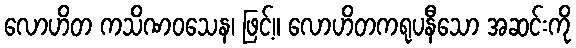
လောဟိတ ကသိဏဝသေန၊ ဖြင့်။ လောဟိတကရုပနီသော အဆင်းကို